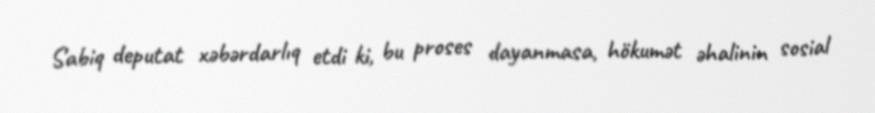
Sabiq deputat xəbərdarlıq etdi ki, bu proses dayanmasa, hökumət əhalinin sosial